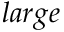
l a r g e